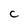
Character: C